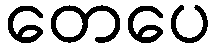
တေပေ